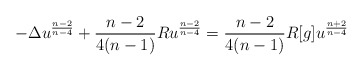
\begin{align*}-\Delta u^\frac {n-2}{n-4} + \frac {n-2}{4(n-1)} Ru^\frac {n-2}{n-4} = \frac {n-2}{4(n-1)}R[g]u^\frac {n+2}{n-4} \end{align*}